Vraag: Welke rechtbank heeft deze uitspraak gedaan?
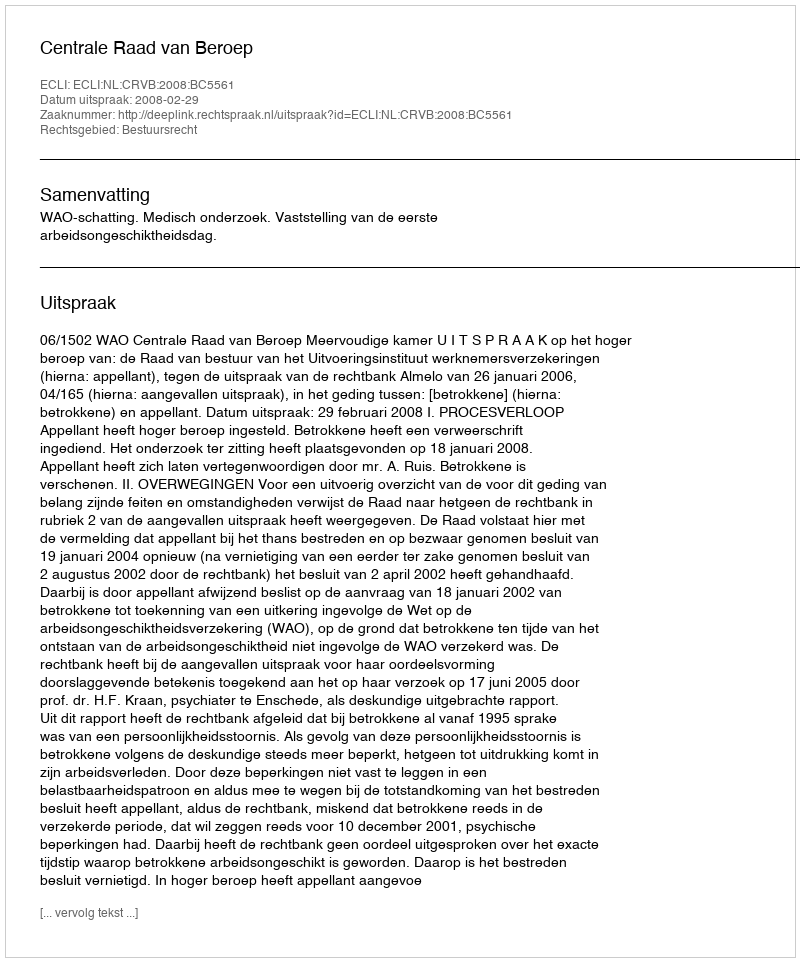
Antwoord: Centrale Raad van Beroep